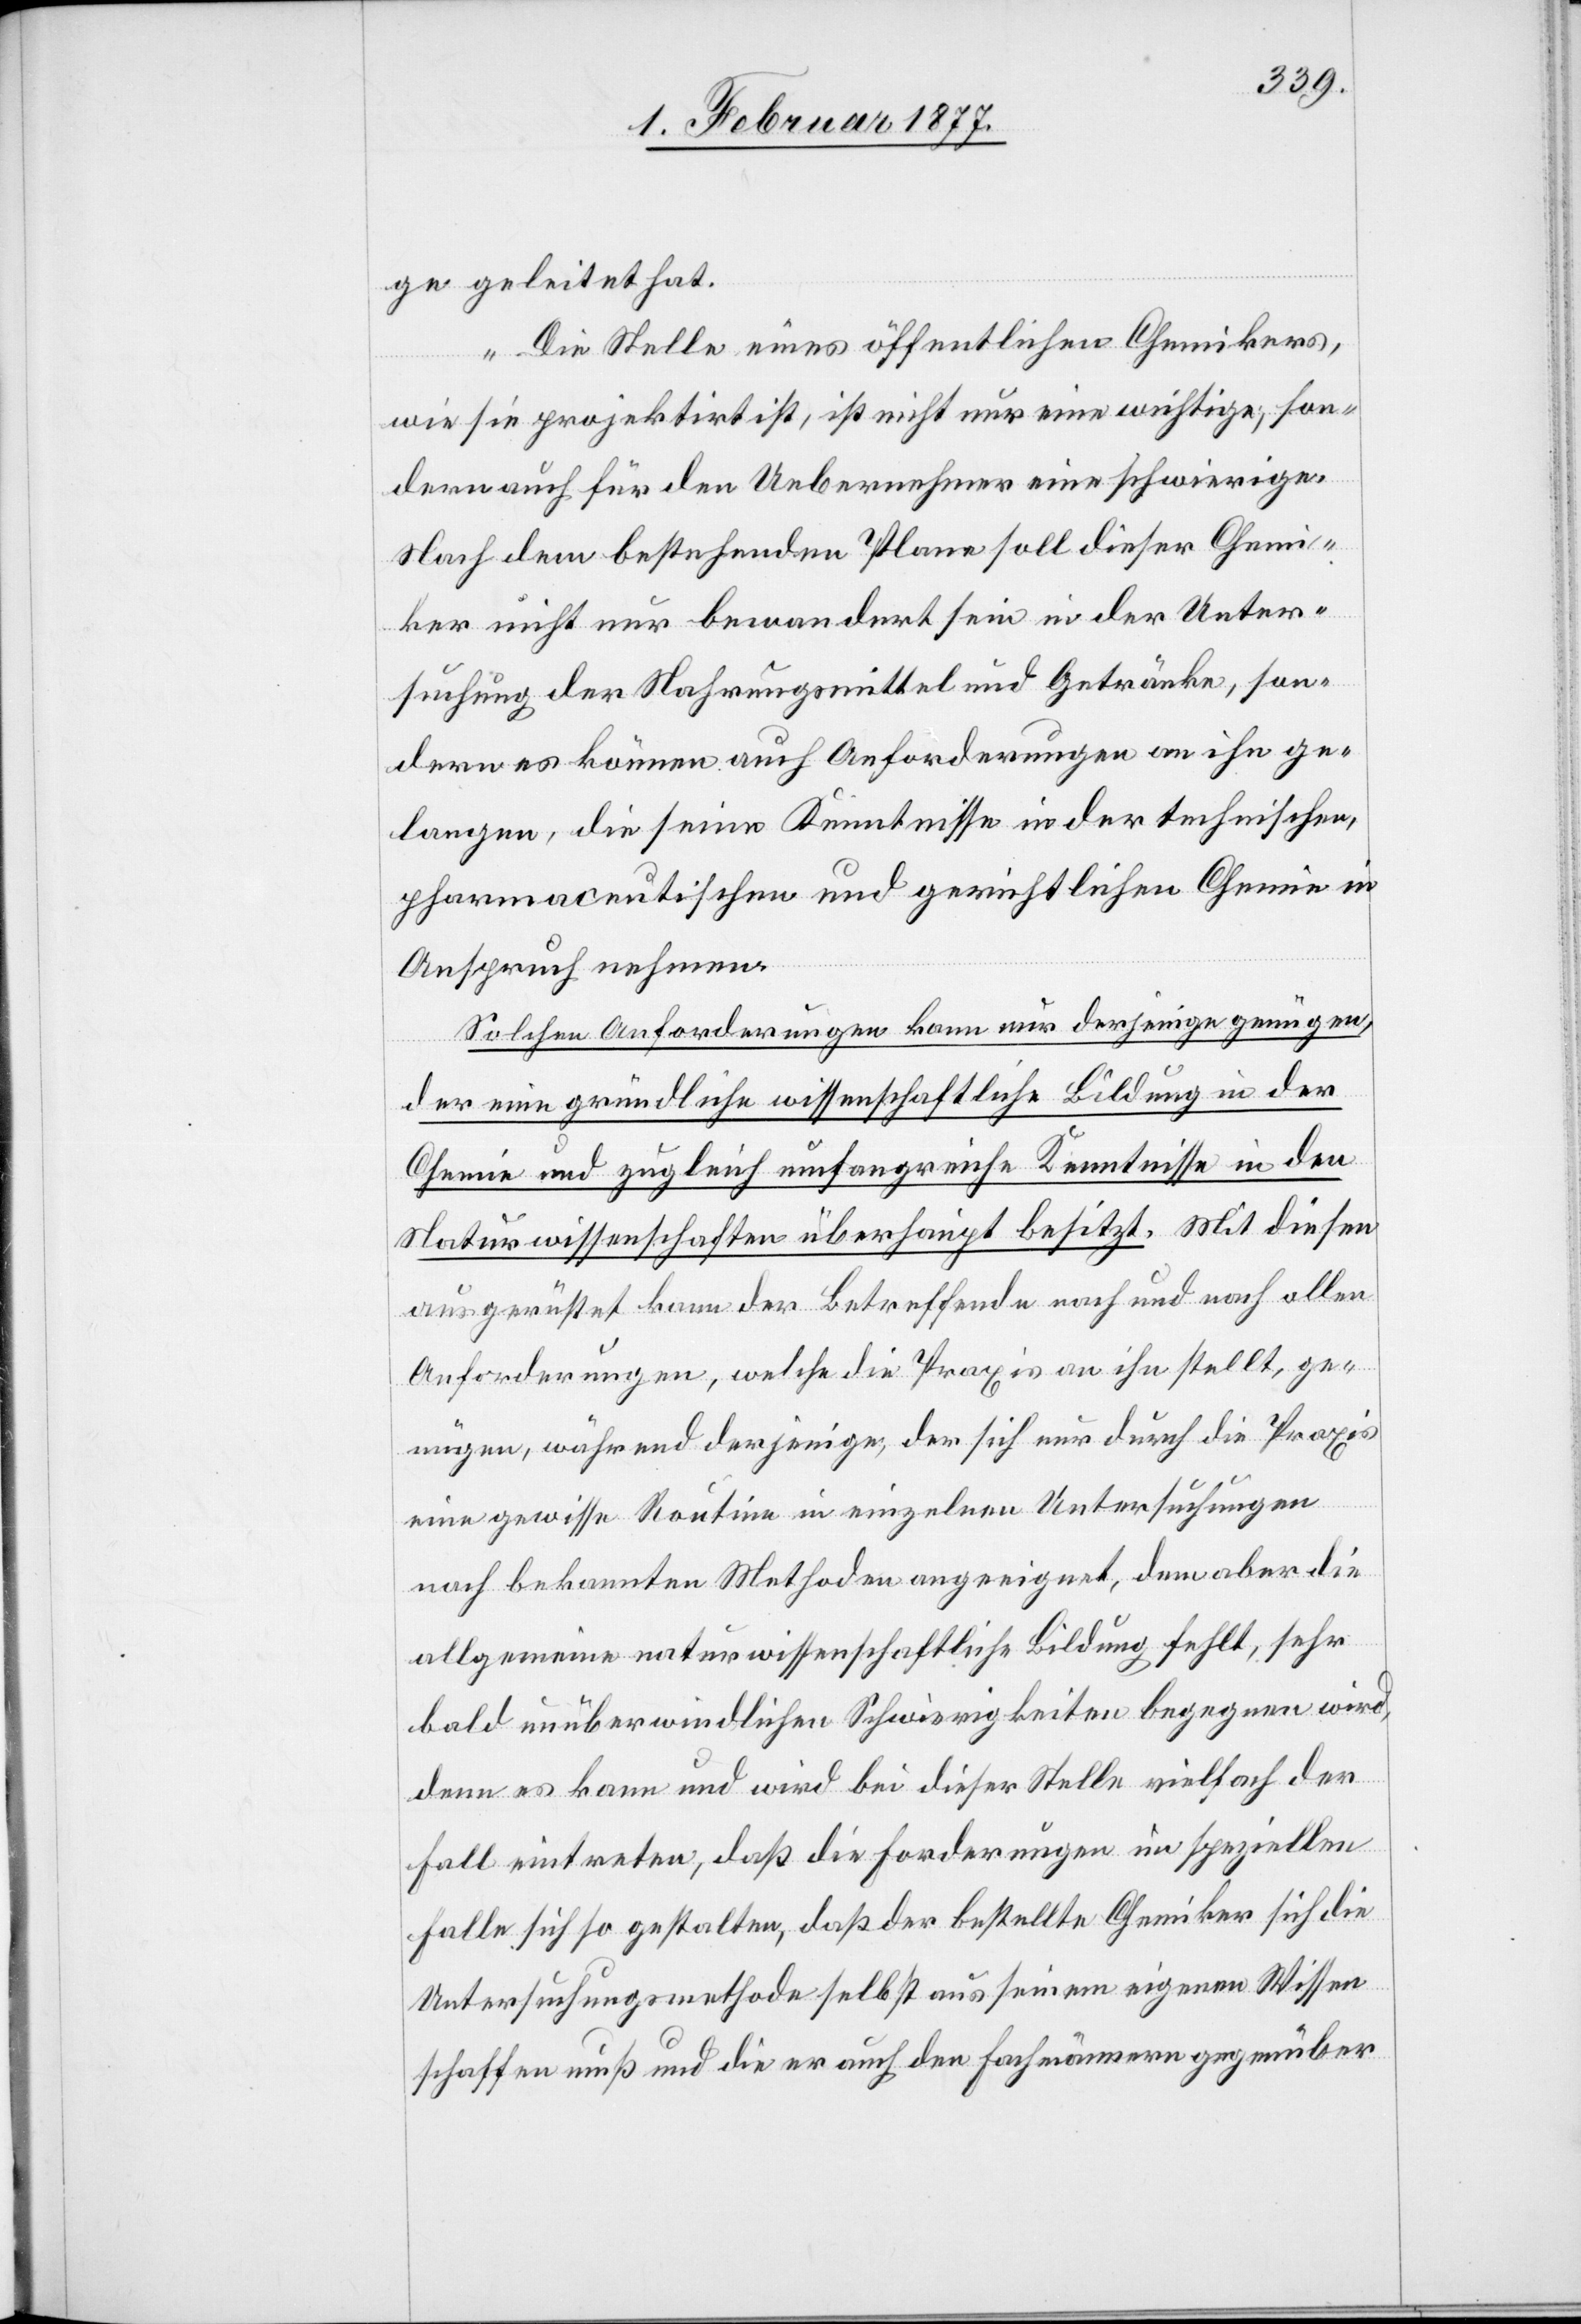
ge geleitet hat.
Die Stelle eines öffentlichen Chemikers,
wie sie projektirt ist, ist nicht nur eine wichtige, son¬
dern auch für den Uebernehmer eine schwierige.
Nach dem bestehenden Plane soll dieser Chemi¬
ker nicht nur bewandert sein in der Unter¬
suchung der Nahrungsmittel und Getränke, son¬
dern es können auch Anforderungen an ihn ge¬
langen, die seine Kenntnisse in der technischen,
pharmaceutischen und gerichtlichen Chemie in
Anspruch nehmen.
Solchen Anforderungen kann nur derjenige genügen,
der eine gründliche wissenschaftliche Bildung in der
Chemie und zugleich umfangreiche Kenntnisse in den
Naturwissenschaften überhaupt besitzt. Mit diesen
ausgerüstet kann der Betreffende nach und nach allen
Anforderungen, welche die Praxis an ihn stellt, ge¬
nügen, während derjenige, der sich nur durch die Praxis
eine gewisse Routine in einzelnen Untersuchungen
nach bekannten Methoden angeeignet, dem aber die
allgemeine naturwissenschaftliche Bildung fehlt, sehr
bald unüberwindlichen Schwierigkeiten begegnen wird,
denn es kann und wird bei dieser Stelle einfach der
Fall eintreten, daß die Forderungen im speziellen
Falle sich so gestalten, daß der bestellte Chemiker sich die
Untersuchungsmethode selbst aus seinem eigenen Wissen
schaffen muß und die er auch den Fachmännern gegenüber